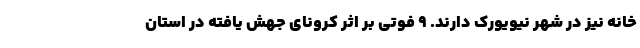
خانه نیز در شهر نیویورک دارند. ۹ فوتی بر اثر کرونای جهش یافته در استان